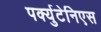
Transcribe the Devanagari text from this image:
पर्क्युटेनिएस